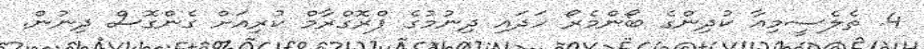
4. ތެލެސީމިއާ ކުދިންގެ ބޯންމެރޯ ހަދައި ދިނުމުގެ ޕްރޮގްރާމް ކުރިއަށް ގެންގޮސް ދިނުން.